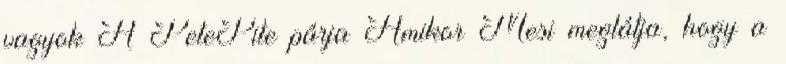
vagyok A PetePite párja Amikor Mesi meglátja, hogy a